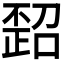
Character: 𪴻